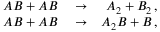
\begin{array} { r l r } { A B + A B } & { { } \rightarrow } & { A _ { 2 } + B _ { 2 } \, , } \\ { A B + A B } & { { } \rightarrow } & { A _ { 2 } B + B \, , } \end{array}